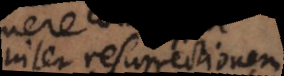
ante resurrectionem.